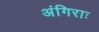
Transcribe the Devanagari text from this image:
अंगिराः